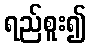
ရည်စူး၍